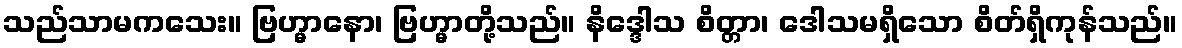
သည်သာမကသေး။ ဗြဟ္မာနော၊ ဗြဟ္မာတို့သည်။ နိဒ္ဒေါသ စိတ္တာ၊ ဒေါသမရှိသော စိတ်ရှိကုန်သည်။